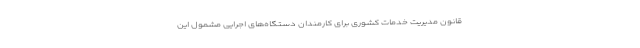
قانون مدیریت خدمات کشوری برای کارمندان دستگاه‌های اجرایی مشمول این